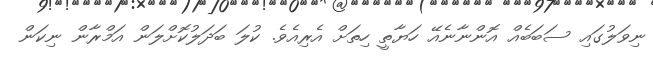
ނިވަލުގައި ސަބަބެއް އޮންނާނެއޭ ހަޔާތީ ހިތަށް އެރިއެވެ. ކުލަ ބަދަލުކޮށްލަން އަމްރާން ނިކަން